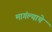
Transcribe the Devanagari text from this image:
मागंल्याचे